Supplement to the account of plague administration in the Bombay Presidency from September 1896 till May 1897
Year: 1896
Disease focus: Plague
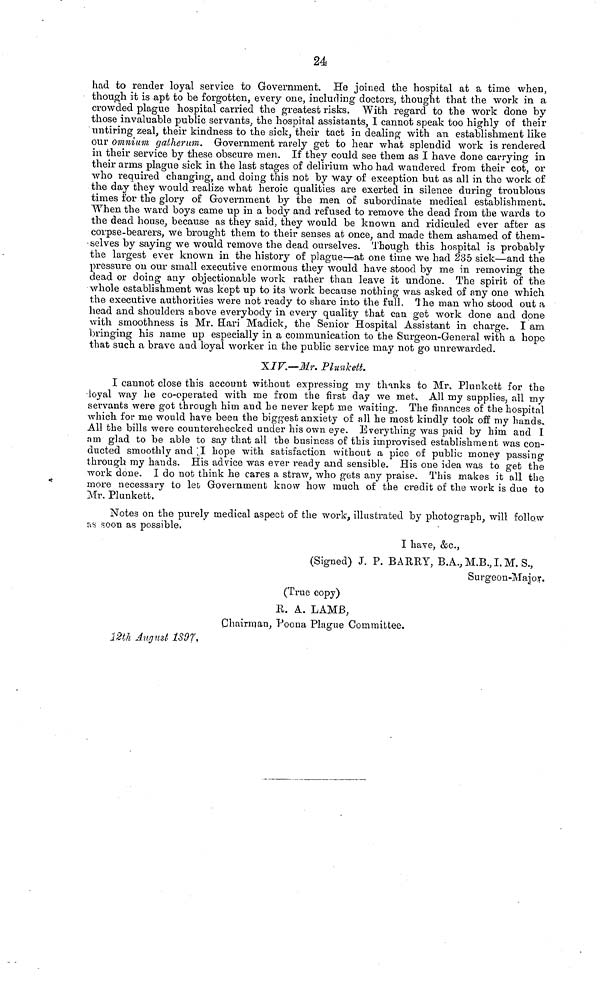
24
had to render loyal service to Government. He joined the hospital at a time when,
though it is apt to be forgotten, every one, including doctors, thought that the work in a
crowded plague hospital carried the greatest risks. With regard to the work done by
those invaluable public servants, the hospital assistants, I cannot speak too highly of their
Untiring zeal, their kindness to the sick, their tact in dealing with an establishment like
our omnium gatherum. Government rarely get to hear what splendid work is rendered
in their service by these obscure men. If they could see them as I have done carrying in
their arms plague sick in the last stages of delirium who had wandered from their cot, or
who required changing, and doing this not by way of exception but as all in the work of
the day they would realize what heroic qualities are exerted in silence during troublous
times for the glory of Government by the men of subordinate medical establishment.
When the ward boys came up in a body and refused to remove the dead from the wards to
the dead house, because as they said, they would be known and ridiculed ever after as
corpse-bearers, we brought them to their senses at once, and made them ashamed of them-
selves by saying we would remove the dead ourselves. Though this hospital is probably
the largest ever known in the history of plague—at one time we had 235 sick—and the
pressure on our small executive enormous they would have stood by me in removing the
dead or doing any objectionable work rather than leave it undone. The spirit of the
whole establishment was kept up to its work because nothing was asked of any one which
the executive authorities were not ready to share into the full. 1 he man who stood out a
head and shoulders above everybody in every quality that can get work done and done
with smoothness is Mr. Hari Madick, the Senior Hospital Assistant in charge. I am
bringing his name up especially in a communication to the Surgeon-General with a hope
that such a brave and loyal worker in the public service may not go unrewarded.
XIV.—Mr. Plunkett.
I cannot close this account without expressing my thanks to Mr, Plunkett for the
loyal way he co-operated with, me from the first day we met. All my supplies, all my
servants were got through him and he never kept me waiting. The finances of the hospital
which for me would have been the biggest anxiety of all he most kindly took off my hands.
All the bills were counterchecked under his own eye. Everything was paid by him and I
am glad to be able to say that all the business of this improvised establishment was con-
ducted smoothly and I hope with satisfaction without a pice of public money passing
through my hands. His advice was ever ready and sensible. His one idea was to get the
work done. I do not think he cares a, straw, who gets any praise. This makes it all the
inore necessary to let Government know how much of the credit of the work is due to
Mr. Plunkett.
Notes on the purely medical aspect of the work, illustrated by photograph, will follow
as soon as possible.
I have, &c.,
(Signed) J. P. BARRY, B.A., M.B., I. M. S.,
Surgeon-Major,
(True copy)
R. A. LAMB,
Chairman, Poona Plague Committee.
12th August 1897,